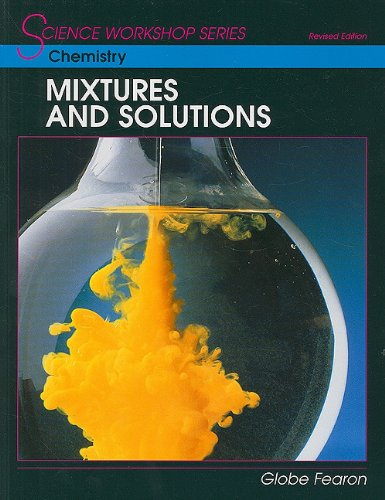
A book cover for SCIENCE WORKSHOP SERIES:CHEMISTRY/MIXTURES & SOLUTIONS STUDENT'S        EDITION 2000C; GLOBE; Children's Books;